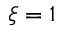
\xi = 1